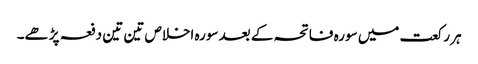
ہر رکعت میں سورہ فاتحہ کے بعد سورہ اخلاص تین تین دفعہ پڑھے۔